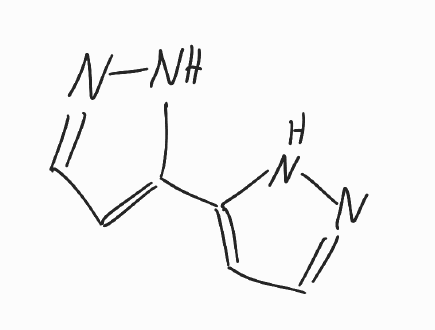
Simplified molecular-input line-entry system (SMILES) notation of the given molecule:
C1=C(NN=C1)C2=CC=NN2